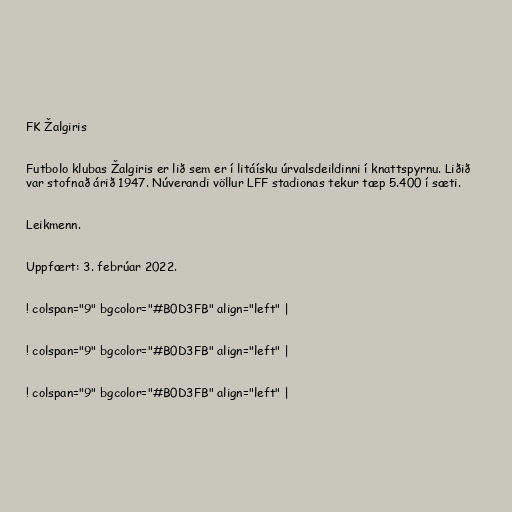
FK Žalgiris

Futbolo klubas Žalgiris er lið sem er í litáísku úrvalsdeildinni í knattspyrnu. Liðið
var stofnað árið 1947. Núverandi völlur LFF stadionas tekur tæp 5.400 í sæti.

Leikmenn.

Uppfært: 3. febrúar 2022.

! colspan="9" bgcolor="#B0D3FB" align="left" |

! colspan="9" bgcolor="#B0D3FB" align="left" |

! colspan="9" bgcolor="#B0D3FB" align="left" |